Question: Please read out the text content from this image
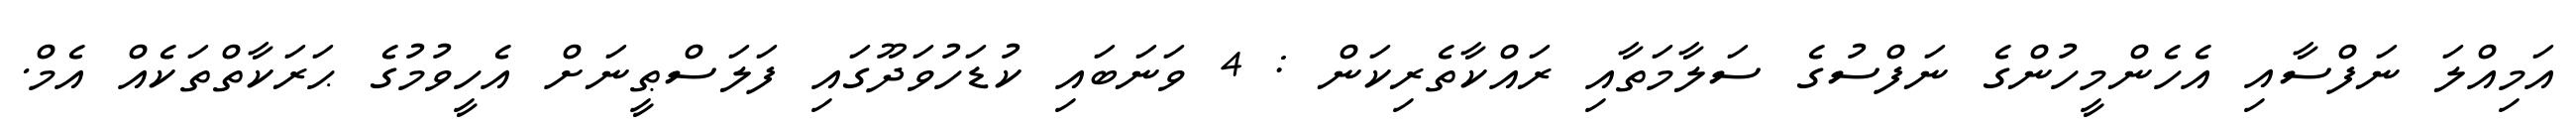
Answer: އަމިއްލަ ނަފްސާއި އެހެންމީހުންގެ ނަފްސުގެ ސަލާމަތާއި ރައްކާތެރިކަން : 4 ވަނަބައި ކުޑަހުވަދޫގައި ފަލަސްޠީނަށް އެހީވުމުގެ ޙަރަކާތްތަކެއް އެމް.